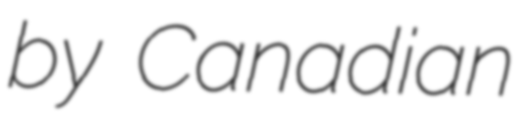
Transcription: by Canadian